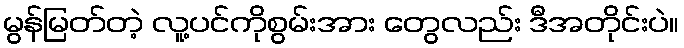
မွန်မြတ်တဲ့ လူ့ပင်ကိုစွမ်းအား တွေလည်း ဒီအတိုင်းပဲ။